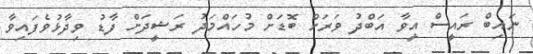
ނައިބް ރައީސް އީވާ އަބްދު ވަރަށް ބޮޑަށް މުހައްމަދު ރަޝީދަށް ފާޑު ވިދާޅުވެފައިވާ